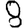
Digit: 8